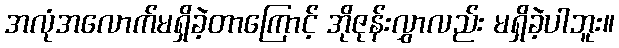
အလုံအလောက်မရှိခဲ့တာကြောင့် အိုဇုန်းလွှာလည်း မရှိခဲ့ပါဘူး။